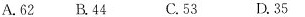
A.62 B.44 C.53 D.35